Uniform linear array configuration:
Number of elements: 32
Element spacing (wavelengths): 1
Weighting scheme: cosine
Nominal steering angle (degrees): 45
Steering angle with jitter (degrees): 45.344
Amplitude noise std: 0.05
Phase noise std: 0.05

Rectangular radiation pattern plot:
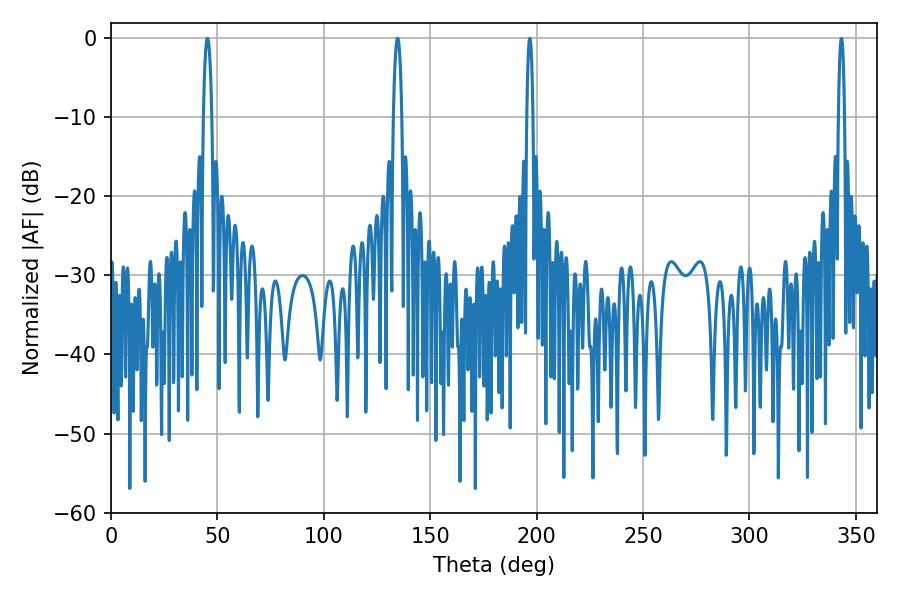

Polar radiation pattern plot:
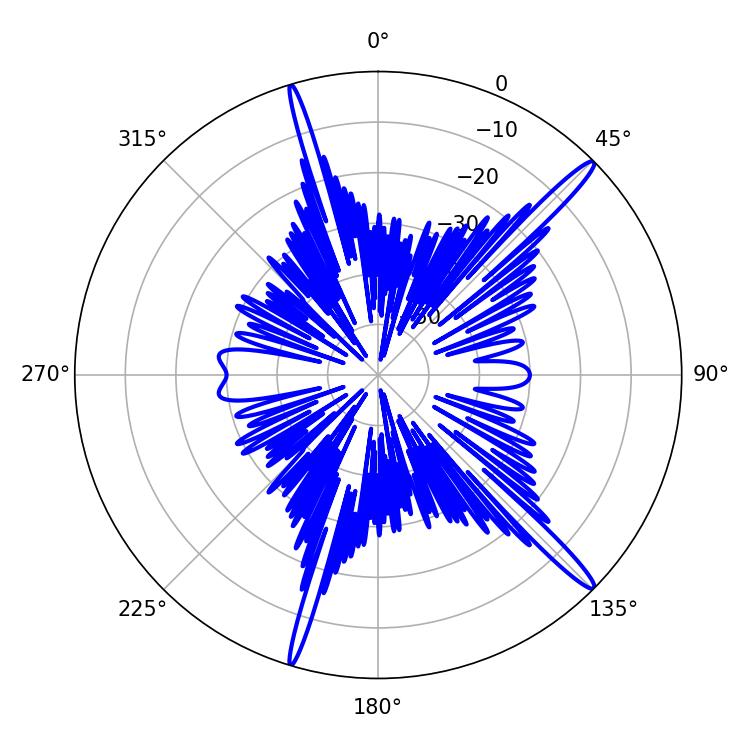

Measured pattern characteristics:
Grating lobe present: TRUE
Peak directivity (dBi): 16.551
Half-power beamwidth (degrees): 2.16
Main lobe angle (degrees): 45.36